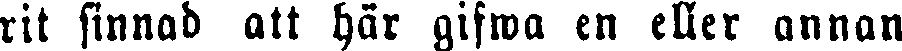
rit sinnad att här gifwa en eller annan